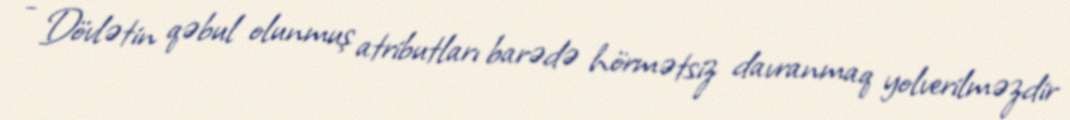
- Dövlətin qəbul olunmuş atributları barədə hörmətsiz davranmaq yolverilməzdir